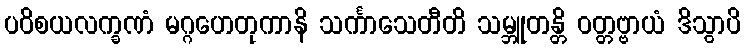
ပဝိစယလက္ခဏံ မဂ္ဂဟေတုကာနိ သင်္ကာသေတီတိ သမ္ဘူတန္တိ ဝတ္တဗ္ဗာယံ ဒိသွာပိ